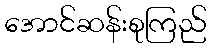
အောင်ဆန်းစုကြည်